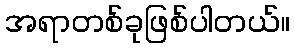
အရာတစ်ခုဖြစ်ပါတယ်။